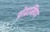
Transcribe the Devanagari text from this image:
प्रोग्रामिण्ग